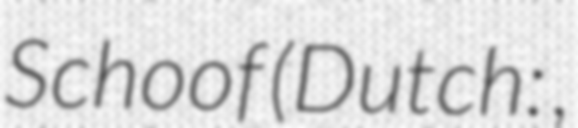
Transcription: Schoof (Dutch: ,